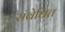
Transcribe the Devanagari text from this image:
संबेधित